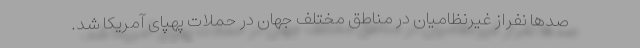
صدها نفراز غیرنظامیان در مناطق مختلف جهان در حملات پهپای آمریکا شد.